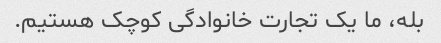
بله، ما یک تجارت خانوادگی کوچک هستیم.